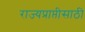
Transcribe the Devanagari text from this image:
राज्यप्राप्तीसाठी